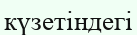
күзетіндегі